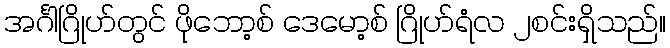
အင်္ဂါဂြိုဟ်တွင် ဖိုဘော့စ် ဒေမော့စ် ဂြိုဟ်ရံလ ၂စင်းရှိသည်။